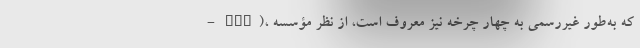
- ATV)، که به‌طور غیررسمی به چهار چرخه نیز معروف است، از نظر مؤسسه